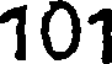
101